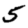
Digit: 5